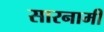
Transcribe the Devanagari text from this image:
सारनामी